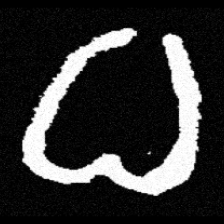
Pyu character \u2014 Myanmar letter: ဓ (romanized: dha)